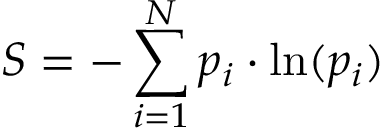
S = - \sum _ { i = 1 } ^ { N } p _ { i } \cdot \ln ( p _ { i } )